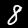
Digit: 8